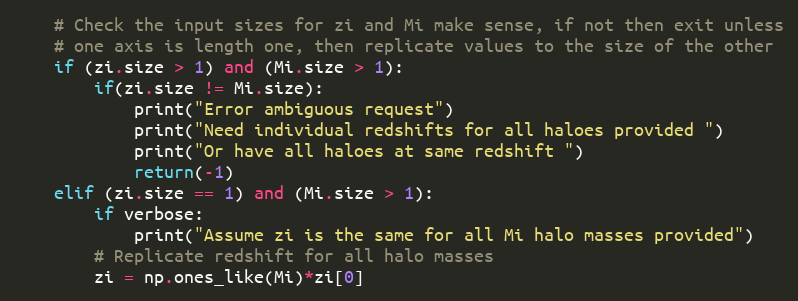
Language: Python
    # Check the input sizes for zi and Mi make sense, if not then exit unless
    # one axis is length one, then replicate values to the size of the other
    if (zi.size > 1) and (Mi.size > 1):
        if(zi.size != Mi.size):
            print("Error ambiguous request")
            print("Need individual redshifts for all haloes provided ")
            print("Or have all haloes at same redshift ")
            return(-1)
    elif (zi.size == 1) and (Mi.size > 1):
        if verbose:
            print("Assume zi is the same for all Mi halo masses provided")
        # Replicate redshift for all halo masses
        zi = np.ones_like(Mi)*zi[0]